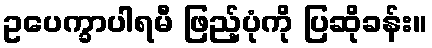
ဥပေက္ခာပါရမီ ဖြည့်ပုံကို ပြဆိုခန်း။